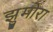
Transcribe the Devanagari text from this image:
झुमोरा